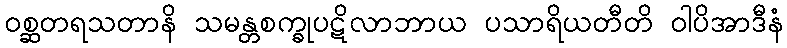
ဝစ္ဆတရသတာနိ သမန္တစက္ခုပဋိလာဘာယ ပသာရိယတီတိ ဝါပိအာဒီနံ